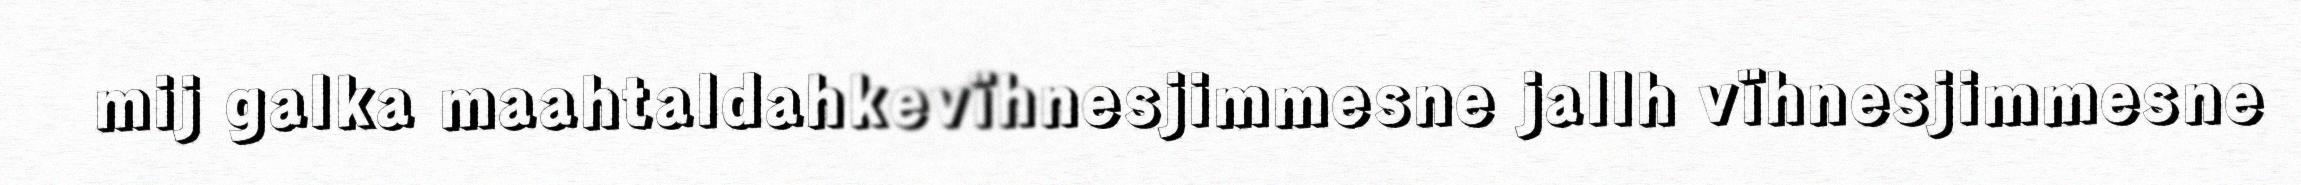
mij galka maahtaldahkevïhnesjimmesne jallh vïhnesjimmesne